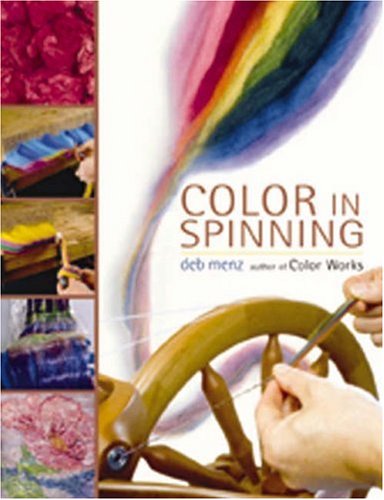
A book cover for Color in Spinning; Deb Menz; Crafts, Hobbies & Home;